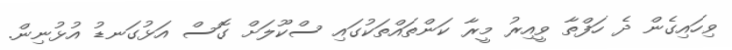
ވިހައިގެން ދެ ހަފްތާ ވީއިރު މީރާ ކަންތައްތަކުގައި ސްކޫލަށް ގޮސް އަޅުގަނޑު އުޅުނިން.